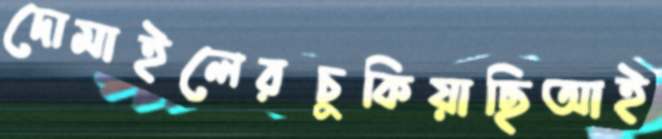
দোমাইলেরচুকিয়াছিআই